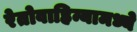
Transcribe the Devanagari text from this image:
रेतोवाहिन्यामध्ये